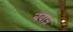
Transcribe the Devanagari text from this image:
बवाज़